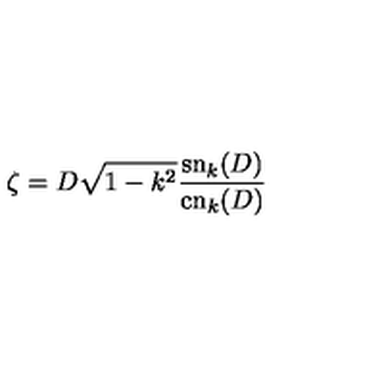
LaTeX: \zeta = D \sqrt { 1 - k ^ { 2 } } \frac { \mathrm { s n } _ { k } ( D ) } { \mathrm { c n } _ { k } ( D ) }